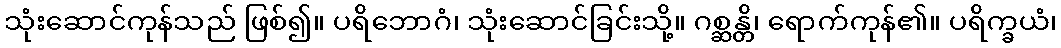
သုံးဆောင်ကုန်သည် ဖြစ်၍။ ပရိဘောဂံ၊ သုံးဆောင်ခြင်းသို့။ ဂစ္ဆန္တိ၊ ရောက်ကုန်၏။ ပရိက္ခယံ၊